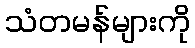
သံတမန်များကို